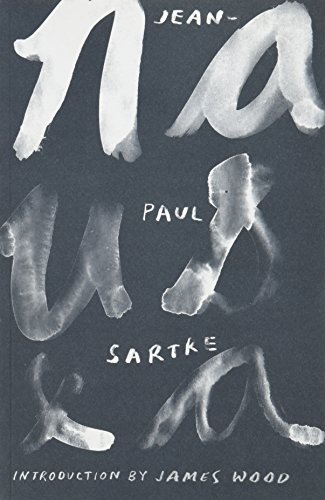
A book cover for Nausea (New Directions Paperbook); Jean-Paul Sartre; Literature & Fiction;